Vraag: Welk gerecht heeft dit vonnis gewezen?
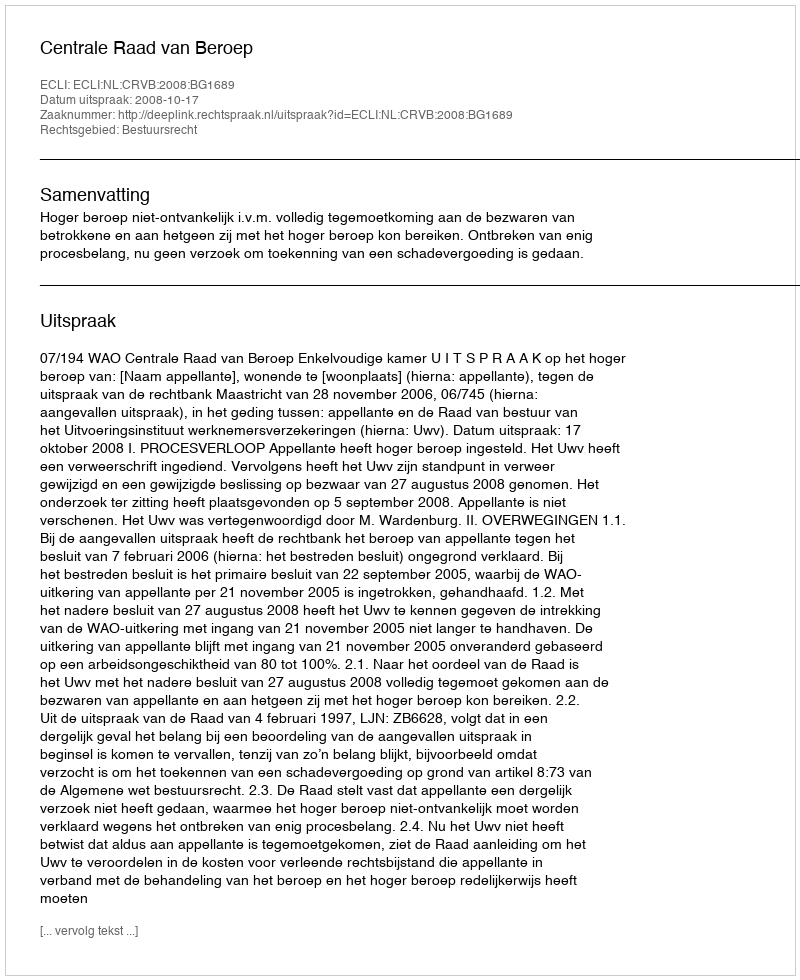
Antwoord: Centrale Raad van Beroep